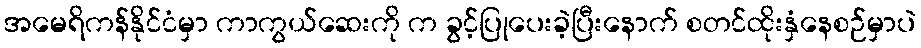
အမေရိကန်နိုင်ငံမှာ ကာကွယ်ဆေးကို က ခွင့်ပြုပေးခဲ့ပြီးနောက် စတင်ထိုးနှံနေစဉ်မှာပဲ